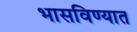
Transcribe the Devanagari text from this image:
भासविण्यात